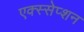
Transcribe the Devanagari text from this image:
एक्स्सेप्शन